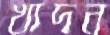
খাদন